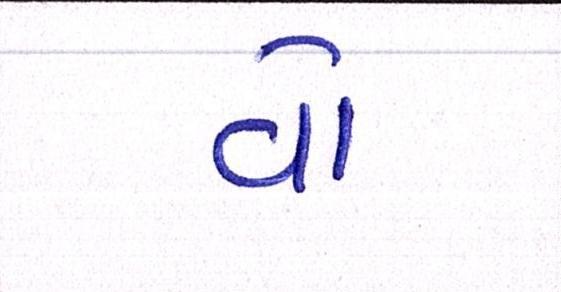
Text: વો